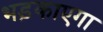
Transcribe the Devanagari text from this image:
भड़काएगा